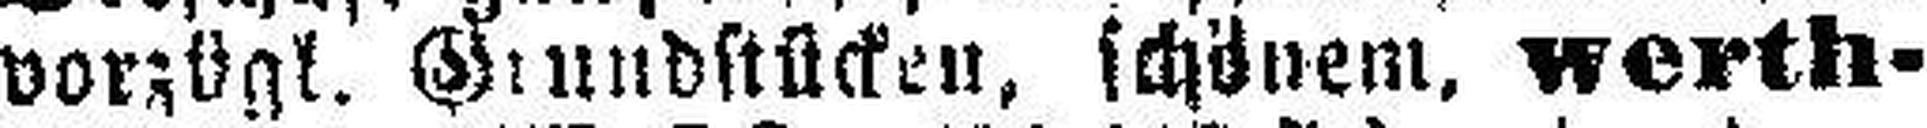
vorzügk. Grundstücken, schönem, werth¬